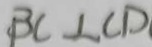
B C \bot C D